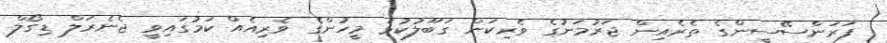
ފަރަންސޭސީންގެ ތެރެއިން ޖަރުމަނުގެ ވެރިކަން ގަބޫލުކުޅަ މީހުންގެ ވެރިއެއް ކަމުގައިވީ ޖެނެރަލް ޑިގޯލް